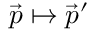
\vec { p } \mapsto \vec { p } ^ { \prime }